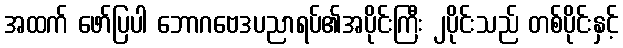
အထက် ဖော်ပြပါ ဘောဂဗေဒပညာရပ်၏အပိုင်းကြီး ၂ပိုင်းသည် တစ်ပိုင်းနှင့်